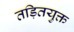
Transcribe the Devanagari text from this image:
तड़ितयुक्त